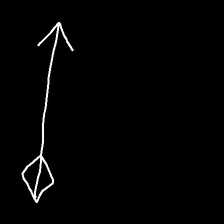
Glyph: focus